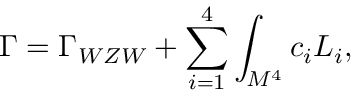
\Gamma = \Gamma _ { W Z W } + \sum _ { i = 1 } ^ { 4 } \int _ { M ^ { 4 } } c _ { i } { \cal L } _ { i } ,